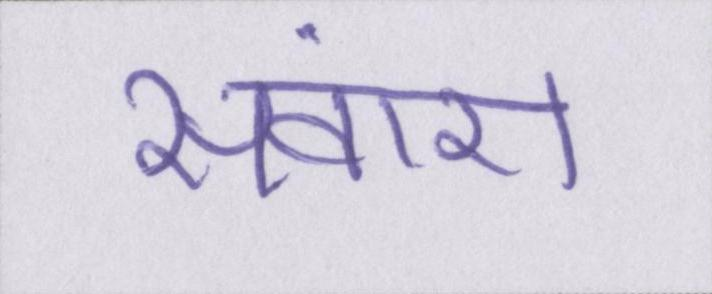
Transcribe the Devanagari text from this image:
संवारा